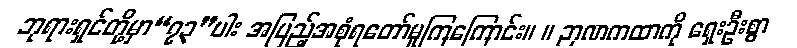
ဘုရားရှင်တို့မှာ“၇၃”ပါး အပြည့်အစုံရတော်မူကြကြောင်း။ ။ ဉာဏကထာကို ရှေးဦးစွာ